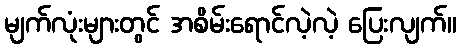
မျက်လုံးများတွင် အစိမ်းရောင်လဲ့လဲ့ ပြေးလျက်။